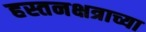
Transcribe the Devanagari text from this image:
हस्तनक्षत्राच्या